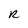
Character: R